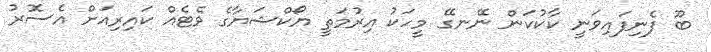
ބޫ ފެނިފައިވަނީ ކާކުކަން ނޭނގޭ މީހަކު އިރުމަތީ ޔޯކްޝަޔާގެ ވެޓެއް ކައިރިއަށް އެސޮރު